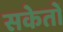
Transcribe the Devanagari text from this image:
सकेतों